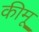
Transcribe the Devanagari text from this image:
कीमू